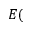
E (